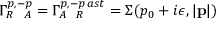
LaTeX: \Gamma _ { R \ \ A } ^ { p , - p } = \Gamma _ { A \ \ R } ^ { p , - p \, a s t } = \Sigma ( p _ { 0 } + i \epsilon , | { \bf p } | )